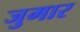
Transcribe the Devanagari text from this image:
जुमार